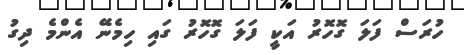
ހުރަސް ފަލަ ގޮހޮރު އަކީ ފަލަ ގޮހޮރު ގައި ހިމެނޭ އެންމެ ދިގު